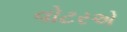
વોટરએ